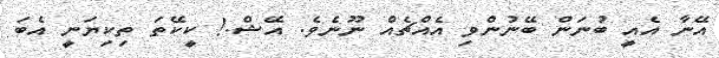
އޭނާ އެއީ ބުނަން ބޭނުންވި އެއްޗެއް ނޫނެވެ. އޭޝް.! ކީކޭތަ ތިކިޔަނީ އެބަ